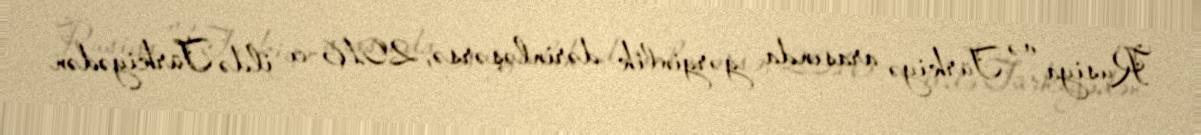
Rusiya və Türkiyə arasında gərginlik dərinləşərsə, 2016-cı ildə Türkiyədən